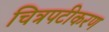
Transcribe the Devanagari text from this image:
चित्रपटीकरण